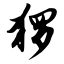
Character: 猡